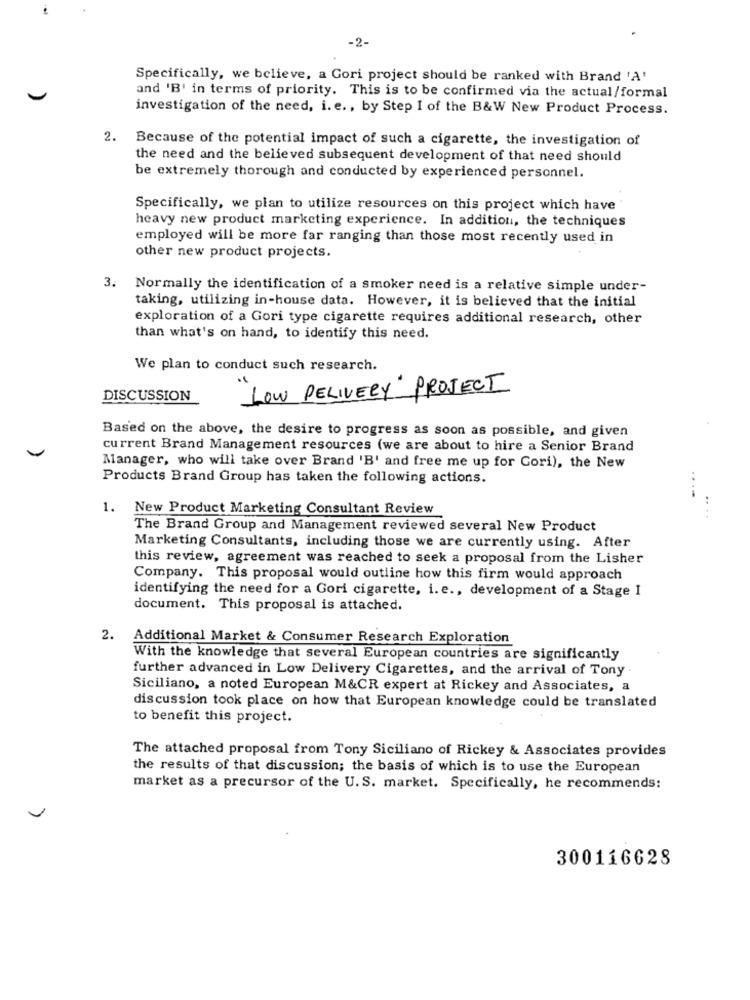
-2-
Specifically, we believe, a Gori project should be ranked with Brand 'A'
and 'B' in terms of priority. This is to be confirmed via the actual/formal
investigation of the need, i. e ., by Step I of the B&W New Product Process.
2.
Because of the potential impact of such a cigarette, the investigation of
the need and the believed subsequent development of that need should
be extremely thorough and conducted by experienced personnel.
Specifically, we plan to utilize resources on this project which have
heavy new product marketing experience. In addition, the techniques
employed will be more far ranging than those most recently used in
other new product projects.
3. Normally the identification of a smoker need is a relative simple under-
taking, utilizing in-house data. However, it is believed that the initial
exploration of a Gori type cigarette requires additional research, other
than what's on hand, to identify this need.
We plan to conduct such research.
LOW DELIVERY" PROJECT
DISCUSSION
Based on the above, the desire to progress as soon as possible, and given
current Brand Management resources (we are about to hire a Senior Brand
Manager, who will take over Brand 'B' and free me up for Gori), the New
Products Brand Group has taken the following actions.
....
1. New Product Marketing Consultant Review
The Brand Group and Management reviewed several New Product
Marketing Consultants, including those we are currently using. After
this review, agreement was reached to seek a proposal from the Lisher
Company. This proposal would outline how this firm would approach
identifying the need for a Gori cigarette, i. e ., development of a Stage I
document. This proposal is attached.
2.
Additional Market & Consumer Research Exploration
With the knowledge that several European countries are significantly
further advanced in Low Delivery Cigarettes, and the arrival of Tony
Siciliano, a noted European M&CR expert at Rickey and Associates, a
discussion took place on how that European knowledge could be translated
to benefit this project.
The attached proposal from Tony Siciliano of Rickey & Associates provides
the results of that discussion; the basis of which is to use the European
market as a precursor of the U.S. market. Specifically, he recommends:
300116628